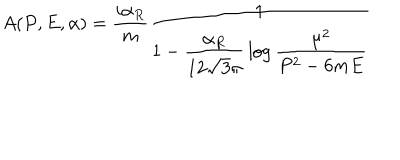
LaTeX: A ( P , E , \alpha ) = { \frac { i \alpha _ { R } } { m } } { \frac { 1 } { 1 - \displaystyle { \frac { \alpha _ { R } } { 1 2 \sqrt { 3 } \pi } } \log \displaystyle { { \frac { \mu ^ { 2 } } { P ^ { 2 } - 6 m E } } } } }